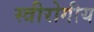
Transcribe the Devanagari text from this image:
स्त्रीरोगीय